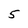
Character: 5